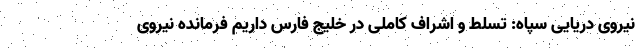
نیروی دریایی سپاه: تسلط و اشراف کاملی در خلیج فارس داریم فرمانده نیروی